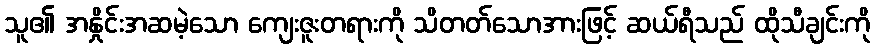
သူ၏ အနှိုင်းအဆမဲ့သော ကျေးဇူးတရားကို သိတတ်သောအားဖြင့် ဆယ်ရီသည် ထိုသီချင်းကို